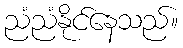
ညံညံနိုင်နေသည်။